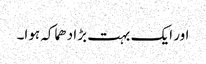
اور ایک بہت بڑا دھماکہ ہوا۔